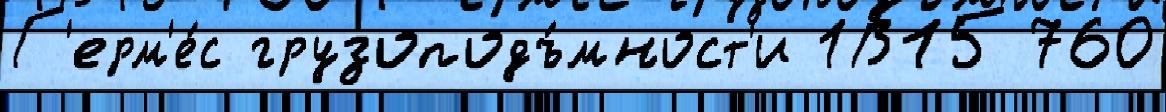
Г'ерм'е́с грузоподъ́мност'и 1В15 760